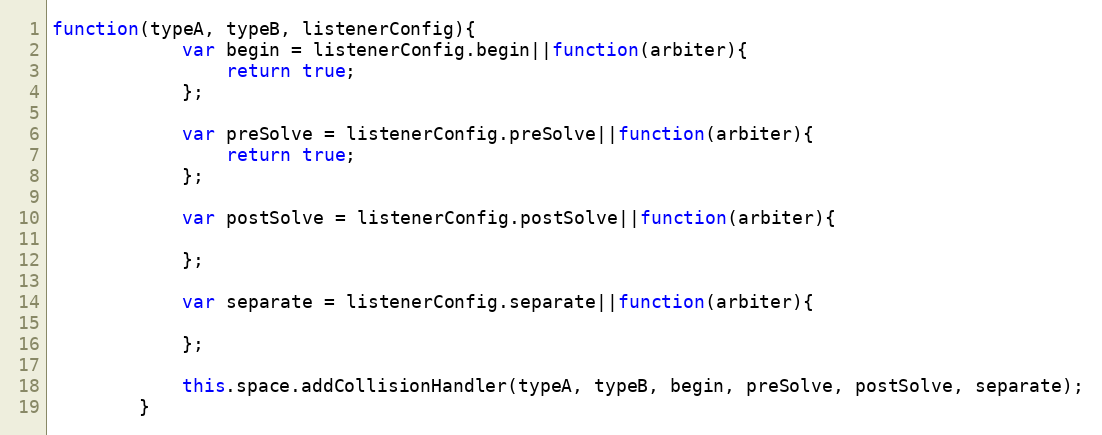
Language: JavaScript
function(typeA, typeB, listenerConfig){
            var begin = listenerConfig.begin||function(arbiter){
                return true;
            };

            var preSolve = listenerConfig.preSolve||function(arbiter){
                return true;
            };

            var postSolve = listenerConfig.postSolve||function(arbiter){

            };

            var separate = listenerConfig.separate||function(arbiter){

            };

            this.space.addCollisionHandler(typeA, typeB, begin, preSolve, postSolve, separate);
        }